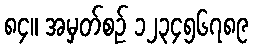
၈၄။ အမှတ်စဉ် ၁၂၃၄၅၆၇၈၉